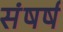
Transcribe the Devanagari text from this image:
संषर्ष